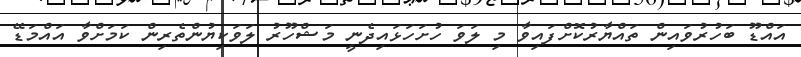
އައްޑޫ ބަހުރުވައިން ތައްޔާރުކޮށްފައިވާ މި ލަވަ ހުށަހަޅައިދެނީ މަޝްހޫރު ލަވަކިޔުންތެރިން ކަމަށްވާ އައްމަޑޭ